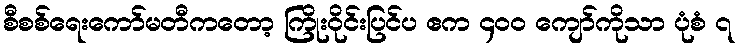
စီစစ်ရေးကော်မတီကတော့ ကြိုးဝိုင်းပြင်ပ ဧက ၄၀၀ ကျော်ကိုသာ ပုံစံ ၇